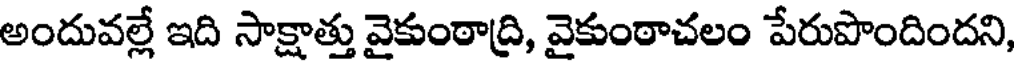
అందువల్లే ఇది సాక్షాత్తు వైకుంఠాద్రి, వైకుంఠాచలం పేరుపొందిందని,